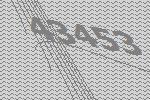
43453